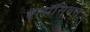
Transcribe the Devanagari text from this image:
एलॉसियस